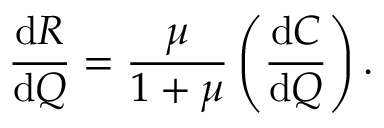
{ \frac { { \mathrm { d } } R } { { \mathrm { d } } Q } } = { \frac { \mu } { 1 + \mu } } \left( { \frac { { \mathrm { d } } C } { { \mathrm { d } } Q } } \right) .